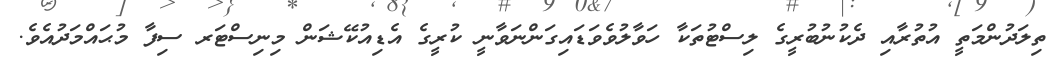
ތިލަދުންމަތީ އުތުރާއި ދެކުނުބުރީގެ ލިސްޓުތަކާ ހަވާލުވެވަޑައިގަންނަވާނީ ކުރީގެ އެޑިއުކޭޝަން މިނިސްޓަރ ސިފާ މުޙައްމަދުއެވެ.